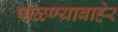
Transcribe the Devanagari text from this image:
पाळण्याबाहेर